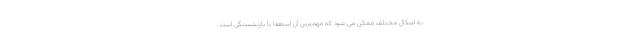
به اشکال مختلف ممکن می شود که مهمترین آن استعفا یا بازنشستگی است.